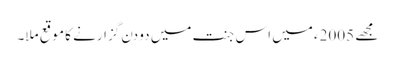
مجھے 2005ء میں اس جنت میں دو دن گزارنے کا موقع ملا۔